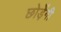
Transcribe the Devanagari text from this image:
छोड़ेंगी